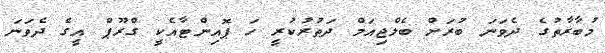
މުބާރާތުގެ ދެވަނަ ބުރަށް ބެލްޖިއަމް ދަތުރުކުރީ ހަ ޕޮއިންޓާއެކީ ގްރޫޕް އީގެ ދެވަނަ